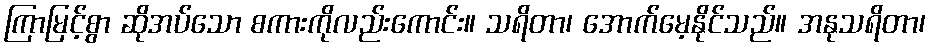
ကြာမြင့်စွာ ဆိုအပ်သော စကားကိုလည်းကောင်း။ သရိတာ၊ အောက်မေ့နိုင်သည်။ အနုသရိတာ၊